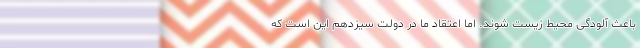
باعث آلودگی محیط زیست شوند. اما اعتقاد ما در دولت سیزدهم این است که